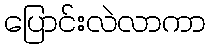
ပြောင်းလဲလာကာ